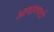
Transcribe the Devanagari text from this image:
आयागपटों